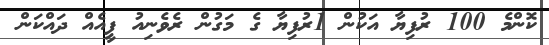
ކޮންމެ 100 ރުފިޔާ އަކުން 1ރުފިޔާ ގެ މަގުން ރެވެނިއު ފީއެއް ދައްކަން